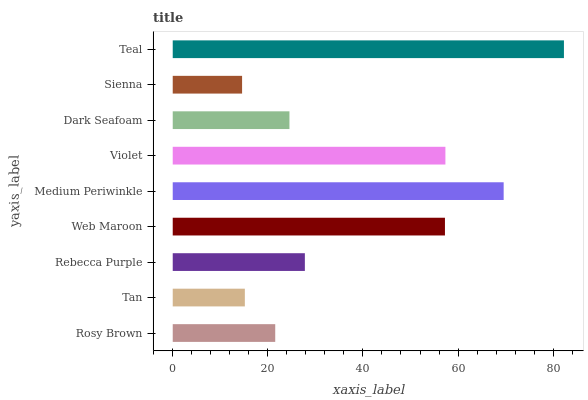
| yaxis_label | bars |
 | --- | --- |
 | Rosy Brown | 21.6 |
 | Tan | 15.2 |
 | Rebecca Purple | 27.8 |
 | Web Maroon | 57.2 |
 | Medium Periwinkle | 69.6 |
 | Violet | 57.3 |
 | Dark Seafoam | 24.5 |
 | Sienna | 14.6 |
 | Teal | 82.3 |